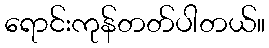
ရောင်းကုန်တတ်ပါတယ်။